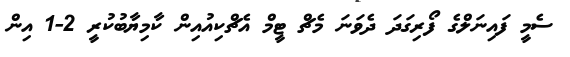
ސެމީ ފައިނަލްގެ ފޯރިގަދަ ދެވަނަ މެޗް ޓީމް އެޗްކިއުއިން ކާމިޔާބުކުރީ 2-1 އިން